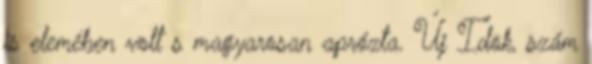
is elemében volt s magyarosan aprózta. Új Idõk, szám